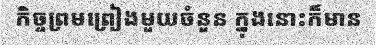
កិច្ចព្រមព្រៀងមួយចំនួន ក្នុងនោះក៏មាន